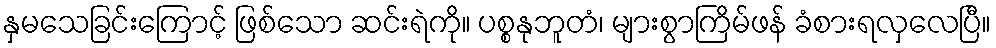
နှမသေခြင်းကြောင့် ဖြစ်သော ဆင်းရဲကို။ ပစ္စနုဘူတံ၊ များစွာကြိမ်ဖန် ခံစားရလှလေပြီ။